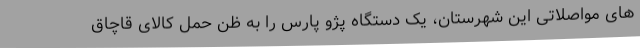
های مواصلاتی این شهرستان، یک دستگاه پژو پارس را به ظن حمل کالای قاچاق